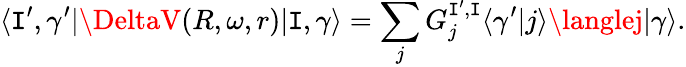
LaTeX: \langle\mathtt{I}^{\prime},\gamma^{\prime}|\DeltaV(R,\omega,r)|\mathtt{I},\gamma\rangle=\sum_{j}G_{j}^{\mathtt{I}^{\prime},\mathtt{I}}\langle\gamma^{\prime}|j\rangle\langlej|\gamma\rangle.